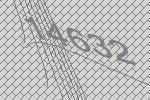
14632